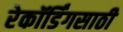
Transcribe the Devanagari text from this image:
रेकॉर्डिंगसाठी